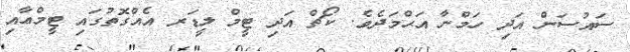
ސައުސަން އަދި ހަމްނާ އަޙްމަދެވެ. ކޯޗް އަދި ޓީމް ލީޑަރ އެއްގޮތުގައި ޓީމްޢާއި